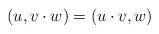
LaTeX: \begin{align*}(u , v \cdot w ) = (u \cdot v, w ) \end{align*}